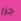
جزر